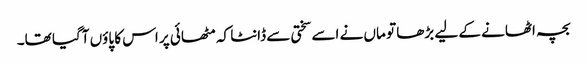
بچہ اٹھانے کے لیے بڑھا تو ماں نے اسے سختی سے ڈانٹا کہ مٹھائی پر اس کا پاؤں آگیا تھا۔